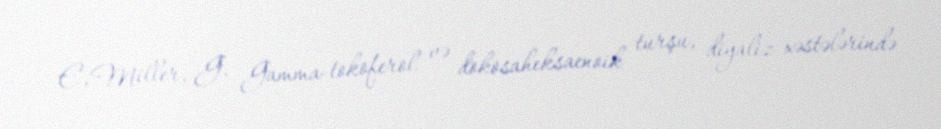
E, Miller, G. Gamma-tokoferol və dokosaheksaenoik turşu, diyaliz xəstələrində